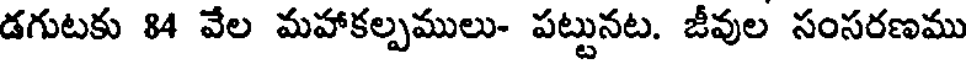
డగుటకు 84 వేల మహాకల్పములు- పట్టునట. జీవుల సంసరణము